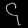
Digit: ၄